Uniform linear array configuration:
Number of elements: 12
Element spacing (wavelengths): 0.75
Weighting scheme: hamming
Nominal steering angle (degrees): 60
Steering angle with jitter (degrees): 59.664
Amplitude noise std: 0.05
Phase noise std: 0.05

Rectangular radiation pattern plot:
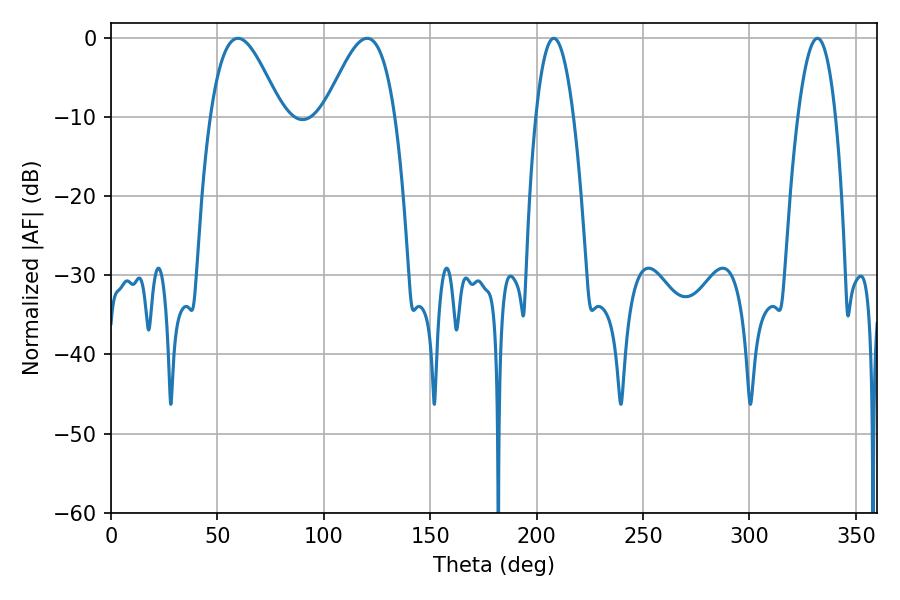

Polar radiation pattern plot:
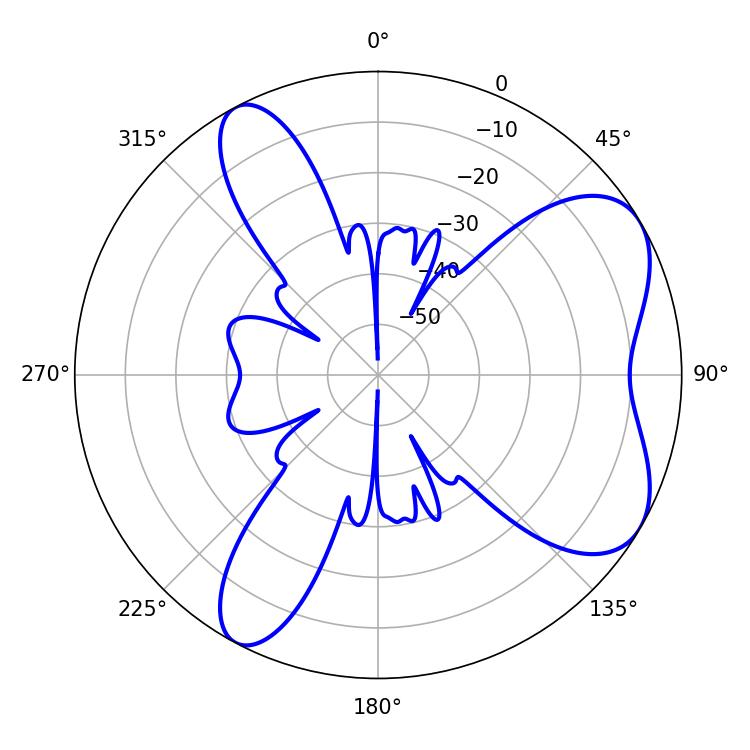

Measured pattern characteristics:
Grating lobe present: TRUE
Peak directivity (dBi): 6.478
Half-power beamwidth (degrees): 9.9
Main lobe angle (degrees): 208.08